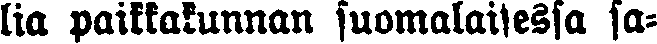
lia paikkakunnan suomalaisessa sa-